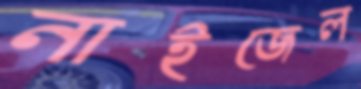
নাইজেল